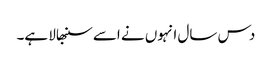
دس سال انہوں نے اسے سنبھالا ہے۔